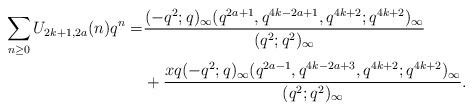
LaTeX: \begin{align*}\sum_{n\geq0}U_{2k+1,2a}(n)q^n=&\frac{(-q^2;q)_\infty(q^{2a+1},q^{4k-2a+1},q^{4k+2};q^{4k+2})_\infty}{(q^2;q^2)_\infty}\\&+\frac{xq(-q^2;q)_\infty(q^{2a-1},q^{4k-2a+3},q^{4k+2};q^{4k+2})_\infty}{(q^2;q^2)_\infty}.\end{align*}